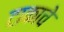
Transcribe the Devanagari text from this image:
टाकाचे